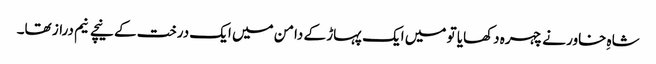
شاہِ خاور نے چہرہ دکھایا تو میں ایک پہاڑ کے دامن میں ایک درخت کے نیچے نیم دراز تھا۔